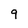
Character: 9